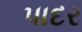
પાદર